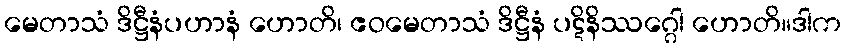
မေတာသံ ဒိဋ္ဌီနံပဟာနံ ဟောတိ၊ ဧဝမေတာသံ ဒိဋ္ဌီနံ ပဋိနိဿဂ္ဂေါ ဟောတိ။ဒါက